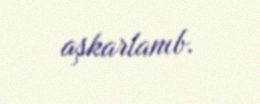
aşkarlanıb.